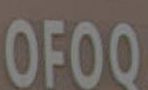
OFOQ